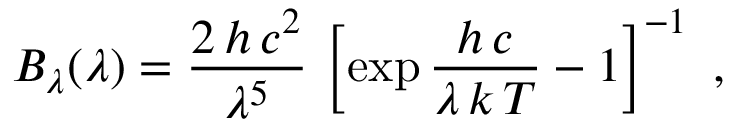
B _ { \lambda } ( \lambda ) = \frac { 2 \, h \, c ^ { 2 } } { \lambda ^ { 5 } } \, \left[ \exp \frac { h \, c } { \lambda \, k \, T } - 1 \right] ^ { - 1 } ~ ,